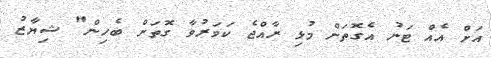
އަށް އެއް ޓަނު އެގޮތަށް މުޅި ރާއްޖެ ކަވަރުވާ ގޮތަށް ބެހިން" ޝިޔާޒު